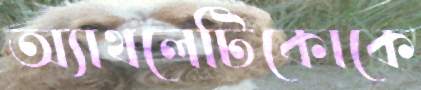
অ্যাথলেটিকোকে